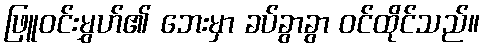
ဖြူဝင်းမွှဟ်၏ ဘေးမှာ ခပ်ခွာခွာ ဝင်ထိုင်သည်။